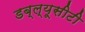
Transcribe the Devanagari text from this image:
डब्ल्यूसीटी